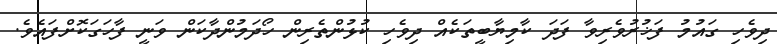
ދިވެހި ގައުމު ފަޚުރުވެރިވާ ފަދަ ކާމިޔާބީތަކެއް ދިވެހި ކުޅުންތެރިން ހޯދަމުންދާކަން ވަނީ ފާހަގަކޮށްފައެވެ.